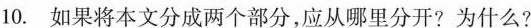
10.如果将本文分成两个部分，应从哪里分开?为什么?